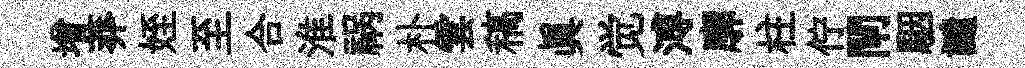
增莽姪至合淮祸朴雲稿眞觉溥廓柱佇閘駰譴